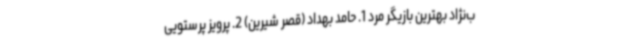
ب‌نژاد بهترین بازیگر مرد 1. حامد بهداد (قصر شیرین) 2. پرویز پرستویی